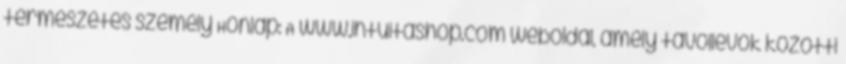
természetes személy Honlap: A www.intuitashop.com weboldal, amely távollévők közötti